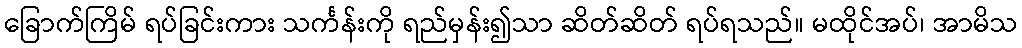
ခြောက်ကြိမ် ရပ်ခြင်းကား သင်္ကန်းကို ရည်မှန်း၍သာ ဆိတ်ဆိတ် ရပ်ရသည်။ မထိုင်အပ်၊ အာမိသ